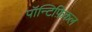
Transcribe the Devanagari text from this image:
पॉन्टिफ़िकल